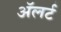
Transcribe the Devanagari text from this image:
अॅलर्ट